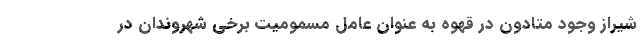
شیراز وجود متادون در قهوه به عنوان عامل مسمومیت برخی شهروندان در